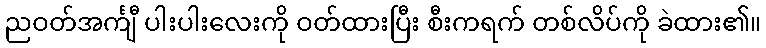
ညဝတ်အင်္ကျီ ပါးပါးလေးကို ဝတ်ထားပြီး စီးကရက် တစ်လိပ်ကို ခဲထား၏။